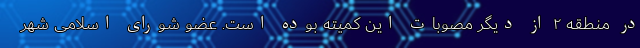
در منطقه ۲ از دیگر مصوبات این کمیته بوده است. عضو شورای اسلامی شهر